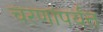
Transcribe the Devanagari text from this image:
चरणांपर्यंत